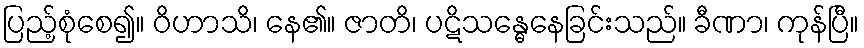
ပြည့်စုံစေ၍။ ဝိဟာသိ၊ နေ၏။ ဇာတိ၊ ပဋိသန္ဓေနေခြင်းသည်။ ခီဏာ၊ ကုန်ပြီ။